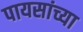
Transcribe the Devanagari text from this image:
पायसांच्या